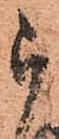
被